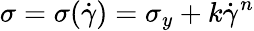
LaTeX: \sigma=\sigma(\dot{\gamma})=\sigma_{y}+k\dot{\gamma}^{n}